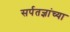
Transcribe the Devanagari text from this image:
सर्पतज्ञांच्या